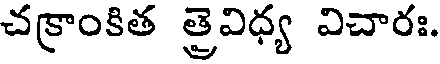
చక్రాంకిత త్రైవిధ్య విచారః.